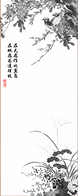
戍鼓断人行，边秋一雁声。